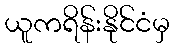
ယူကရိန်းနိုင်ငံမှ